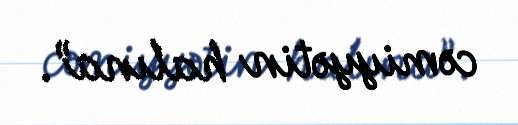
cəmiyyətin halına”.